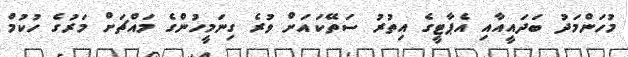
މުހަންމަދު ބަދައީއާއި އެޕާޓީގެ އިތުރު ސަތޭކައަށް ވުރެ ގިނަމީހުންގެ މައްޗަށް މަރުގެ ހުކުމް